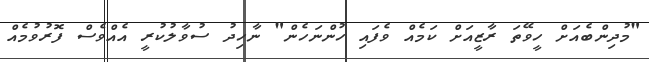
"މުދިންބެއަށް ހީވޭތަ ރާޒީއަށް ކަމެއް ވެފައި ހުންނަހެން" ނާހިދު ސުވާލުކުރީ އެއްވެސް ފޮރުވުމެއް